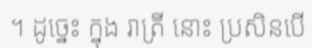
។ ដូច្នេះ ក្នុង រាត្រី នោះ ប្រសិនបើ